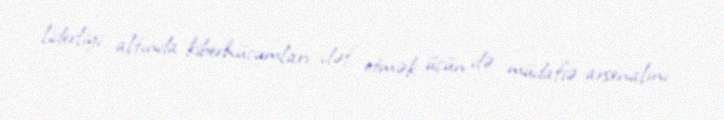
liderliyi altında kiberhücumları dəf etmək üçün də müdafiə arsenalını